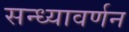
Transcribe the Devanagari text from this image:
सन्ध्यावर्णन